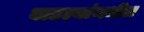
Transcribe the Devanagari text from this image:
बाटल्यांमधील